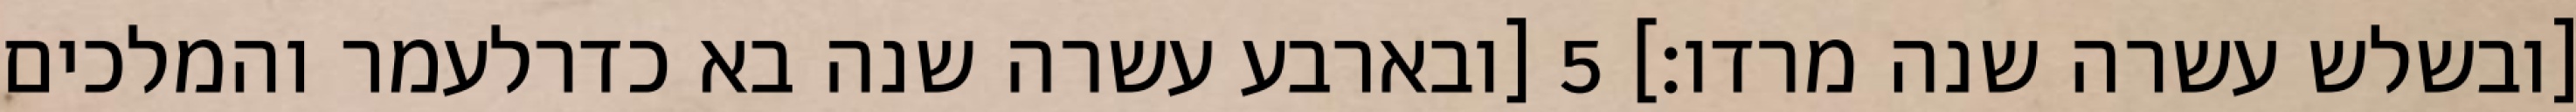
[ובשלש עשרה שנה מרדו׃] ‎5‏ [ובארבע עשרה שנה בא כדרלעמר והמלכים